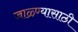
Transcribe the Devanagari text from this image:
जाळ्ण्यासाठी